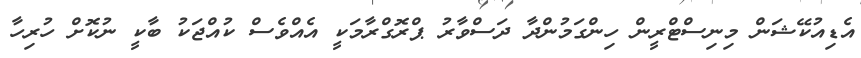
އެޑިއުކޭޝަން މިނިސްޓްރީން ހިންގަމުންދާ ދަސްވާރު ޕްރޮގްރާމަކީ އެއްވެސް ކުއްޖަކު ބާކީ ނުކޮށް ހުރިހާ